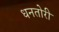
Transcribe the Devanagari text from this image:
धनतोरी